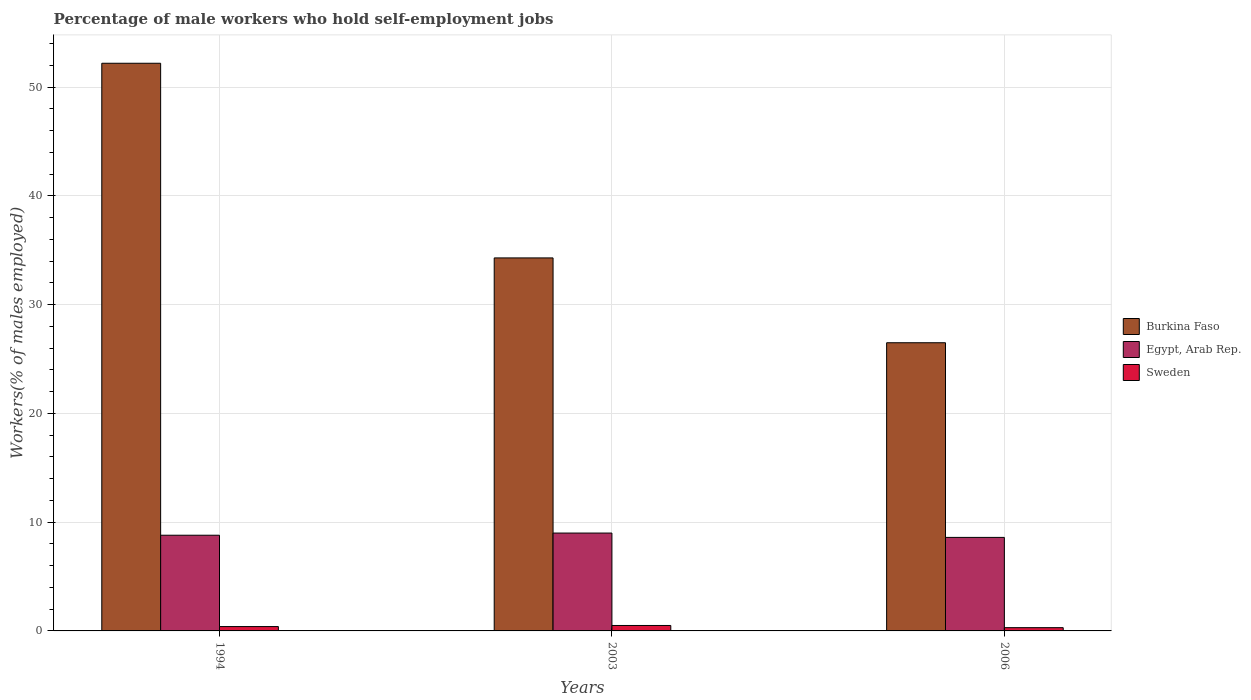
| Years | Burkina Faso | Egypt, Arab Rep. | Sweden |
 | --- | --- | --- | --- |
 | 1994 | 52.2 | 8.8 | 0.4 |
 | 2003 | 34.3 | 9 | 0.5 |
 | 2006 | 26.5 | 8.6 | 0.3 |